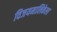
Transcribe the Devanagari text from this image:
विजयमालिकेला